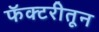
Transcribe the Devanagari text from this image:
फॅक्टरीतून